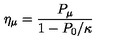
\eta _ { \mu } = \frac { P _ { \mu } } { 1 - P _ { 0 } / \kappa }